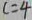
c = 4